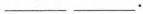
___ ___